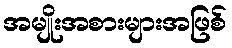
အမျိုးအစားများအဖြစ်